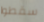
سقطوا